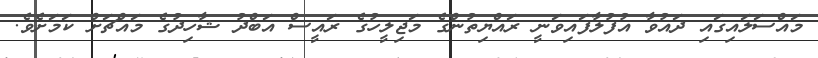
މައްސަލައިގައި ދައުވާ އުފުލާފައިވަނީ ރައްޔިތުންގެ މަޖިލީހުގެ ރައީސް އަބްދު ޝާހިދުގެ މައްޗަށް ކަމަށެވެ.